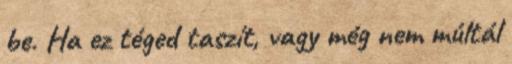
be. Ha ez téged taszít, vagy még nem múltál